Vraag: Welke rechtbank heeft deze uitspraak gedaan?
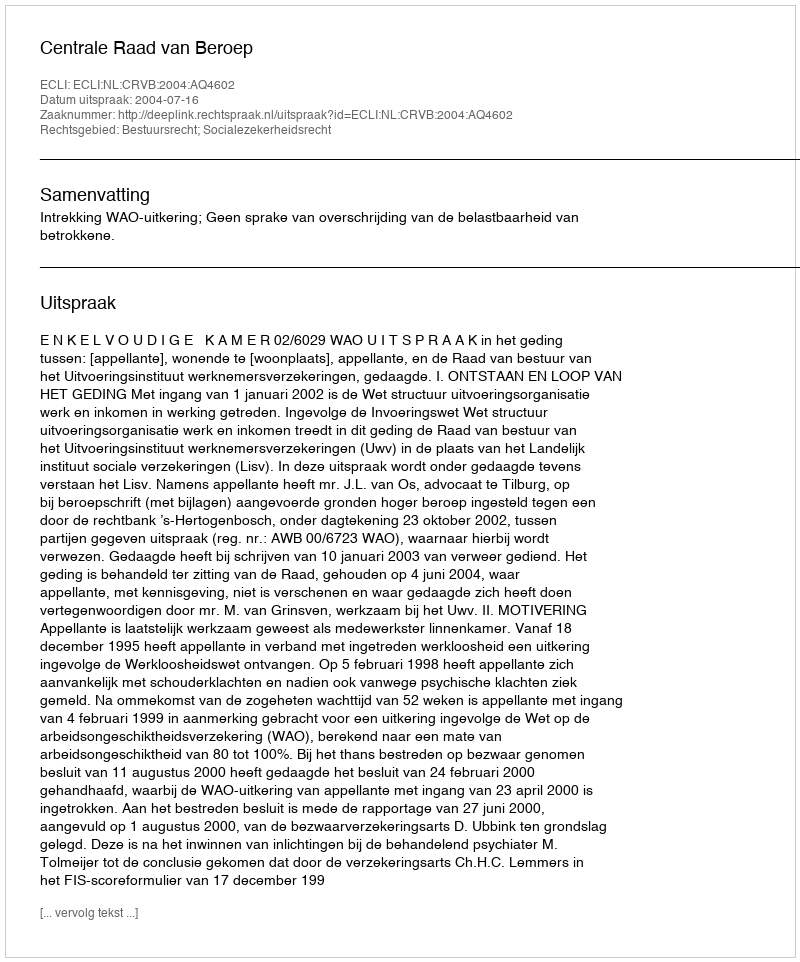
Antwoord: Centrale Raad van Beroep